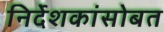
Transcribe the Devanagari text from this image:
निर्देशकांसोबत